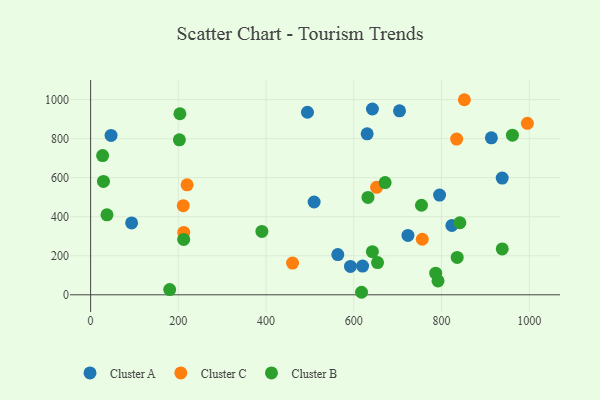
{"axis": {"x": "Ad Spend", "y": "Demand"}, "legend": ["Cluster A", "Cluster B", "Cluster C"], "data": [{"x": "723.5", "y": 304.0, "type": "Cluster A"}, {"x": "46.6", "y": 816.4, "type": "Cluster A"}, {"x": "494.4", "y": 935.1, "type": "Cluster A"}, {"x": "630.5", "y": 824.6, "type": "Cluster A"}, {"x": "93.5", "y": 368.1, "type": "Cluster A"}, {"x": "823.6", "y": 355.1, "type": "Cluster A"}, {"x": "913.7", "y": 804.3, "type": "Cluster A"}, {"x": "704.3", "y": 942.4, "type": "Cluster A"}, {"x": "938.4", "y": 597.8, "type": "Cluster A"}, {"x": "642.5", "y": 951.8, "type": "Cluster A"}, {"x": "509.6", "y": 475.4, "type": "Cluster A"}, {"x": "592.4", "y": 145.2, "type": "Cluster A"}, {"x": "563.6", "y": 206.2, "type": "Cluster A"}, {"x": "620.1", "y": 147.2, "type": "Cluster A"}, {"x": "795.6", "y": 511.0, "type": "Cluster A"}, {"x": "834.5", "y": 797.6, "type": "Cluster C"}, {"x": "212.4", "y": 319.6, "type": "Cluster C"}, {"x": "460.4", "y": 162.6, "type": "Cluster C"}, {"x": "756.2", "y": 284.5, "type": "Cluster C"}, {"x": "220.0", "y": 563.5, "type": "Cluster C"}, {"x": "652.0", "y": 550.3, "type": "Cluster C"}, {"x": "995.8", "y": 878.4, "type": "Cluster C"}, {"x": "211.2", "y": 456.4, "type": "Cluster C"}, {"x": "852.2", "y": 999.2, "type": "Cluster C"}, {"x": "180.3", "y": 26.8, "type": "Cluster B"}, {"x": "29.3", "y": 581.0, "type": "Cluster B"}, {"x": "390.5", "y": 324.7, "type": "Cluster B"}, {"x": "754.4", "y": 458.8, "type": "Cluster B"}, {"x": "202.4", "y": 793.8, "type": "Cluster B"}, {"x": "671.4", "y": 574.7, "type": "Cluster B"}, {"x": "203.6", "y": 927.4, "type": "Cluster B"}, {"x": "961.7", "y": 817.6, "type": "Cluster B"}, {"x": "835.8", "y": 191.3, "type": "Cluster B"}, {"x": "792.1", "y": 71.1, "type": "Cluster B"}, {"x": "632.4", "y": 498.8, "type": "Cluster B"}, {"x": "786.8", "y": 110.8, "type": "Cluster B"}, {"x": "27.4", "y": 713.4, "type": "Cluster B"}, {"x": "37.3", "y": 409.9, "type": "Cluster B"}, {"x": "642.5", "y": 221.1, "type": "Cluster B"}, {"x": "841.9", "y": 369.0, "type": "Cluster B"}, {"x": "938.5", "y": 235.0, "type": "Cluster B"}, {"x": "617.7", "y": 13.0, "type": "Cluster B"}, {"x": "212.2", "y": 283.6, "type": "Cluster B"}, {"x": "654.2", "y": 164.9, "type": "Cluster B"}]}